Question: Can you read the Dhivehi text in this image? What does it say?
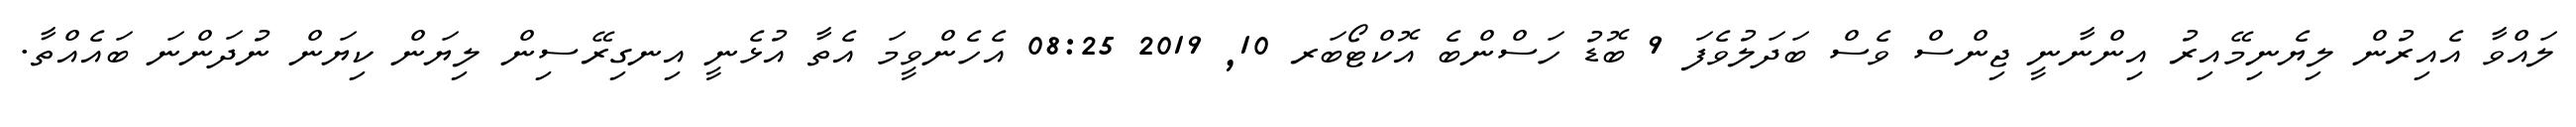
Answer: ލައްވާ އެއިރުން ލިޔެނިމޭއިރު އިންނާނީ ޖިންސް ވެސް ބަދަލުވެފަ 9 ބޮޑު ހަސްންބެ އޮކްޓޯބަރ 10, 2019 08:25 އެހެންވީމަ އެތާ އުޅެނީ އިނގިރޭސިން ލިޔަން ކިޔަން ނުދަންނަ ބައެއްތާ.